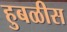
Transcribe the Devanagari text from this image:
हुबळीस